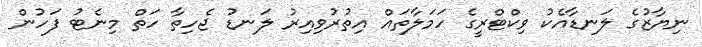
ނިޔާޒުގެ ލަނޑާއެކު ވިކްޓްރީގެ ހަމަލާތައް އިތުރުވިއިރު ލަނޑު ޖެހިތާ ހަތް މިނެޓު ފަހުން